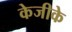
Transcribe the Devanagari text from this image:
केजीके